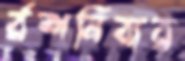
র্রশনিবার